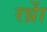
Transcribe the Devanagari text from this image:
रध्राें